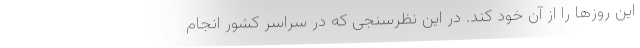
این روزها را از آن خود کند. در این نظرسنجی که در سراسر کشور انجام